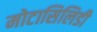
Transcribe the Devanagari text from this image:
मोटासिलिडी